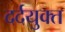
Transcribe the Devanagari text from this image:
दर्दयुक्त